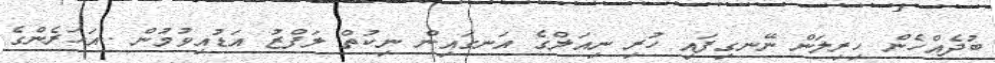
ބުދެއްހެން ހިރިލަން ނޭނގިފައި ހުރި ނިއަލްގެ އަނގައިން ނިކުތް ލަފްޒު އަޑުއިވުމުން ..އަހަރެންގެ